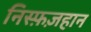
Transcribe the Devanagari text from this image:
निस्फ़ज़हान